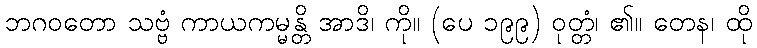
ဘဂဝတော သဗ္ဗံ ကာယကမ္မန္တိ အာဒိ၊ ကို။ (ပေ ၁၉၉) ဝုတ္တံ၊ ၏။ တေန၊ ထို